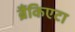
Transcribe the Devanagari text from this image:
ब्रैंकिएटा